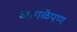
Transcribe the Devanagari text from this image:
आगळेपण